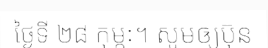
ថ្ងៃទី ២៨ កុម្ភៈ។ សូមឲ្យប៊ុន